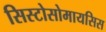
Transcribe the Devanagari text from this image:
सिस्टोसोमायसिस